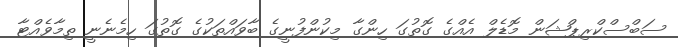
ސަބްސްކްރިޕްޝަން މޮޑެލް އެއްގެ ގޮތުގަ ހިންގާ މިކުންފުނީގެ ބާވައްތަކުގެ ގޮތުގަ ހިމެނެނީ ތިމާވެއްޓާ